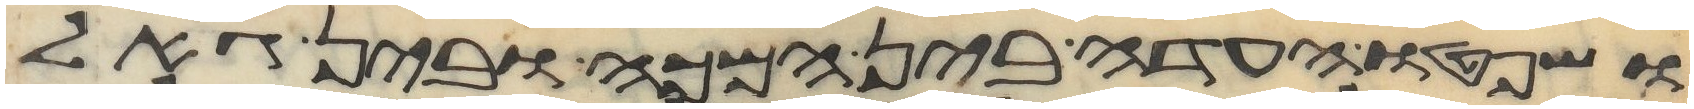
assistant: ושפטו העדה בין המכה ובין גאל